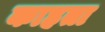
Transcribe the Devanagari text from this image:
काहता